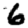
Digit: 6